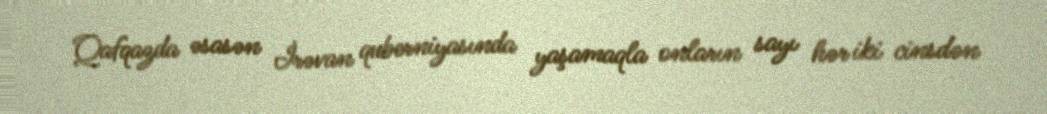
Qafqazda əsasən İrəvan quberniyasında yaşamaqla onların sayı hər iki cinsdən